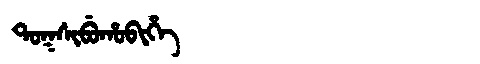
Manchu: ᡨᠣᡴᠰᡳᠪᡠᡥᠣᠪᡳᡥᡝ
Romanization: TOKSIBUHOBIHE